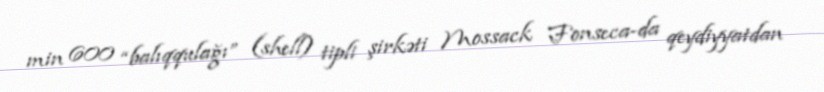
min 600 “balıqqulağı” (shell) tipli şirkəti Mossack Fonseca-da qeydiyyatdan